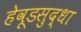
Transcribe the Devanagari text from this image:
हेवूडसुद्धा